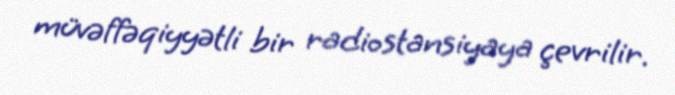
müvəffəqiyyətli bir radiostansiyaya çevrilir.